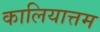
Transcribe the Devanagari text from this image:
कालियात्तम